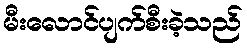
မီးလောင်ပျက်စီးခဲ့သည်